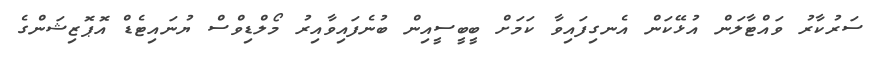
ސަރުކާރު ވައްޓާލަން އުޅޭކަން އެނގިފައިވާ ކަމަށް ބީބީސީއިން ބުނެފައިވާއިރު މޯލްޑިވްސް ޔުނައިޓެޑް އޮޕޮޒިޝަންގެ